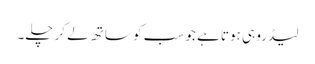
لیڈرو ہی ہوتا ہے جو سب کو ساتھ لے کر چلے۔